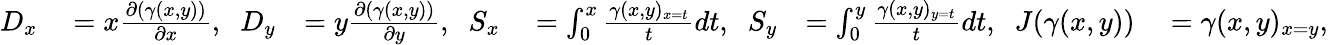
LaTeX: \begin{array}{rlrlrl}{D_{x}}&{{}=x\frac{\partial(\gamma(x,y))}{\partial x},\; \; D_{y}}&{=y\frac{\partial(\gamma(x,y))}{\partial y},\; \; S_{x}}&{{}=\int_{0}^{x}\frac{\gamma(x,y)_{x=t}}{t}dt,\; \; S_{y}}&{=\int_{0}^{y}\frac{\gamma(x,y)_{y=t}}{t}dt,\; \; J(\gamma(x,y))}&{{}=\gamma(x,y)_{x=y},}\end{array}